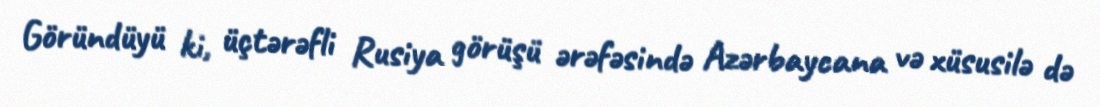
Göründüyü ki, üçtərəfli Rusiya görüşü ərəfəsində Azərbaycana və xüsusilə də